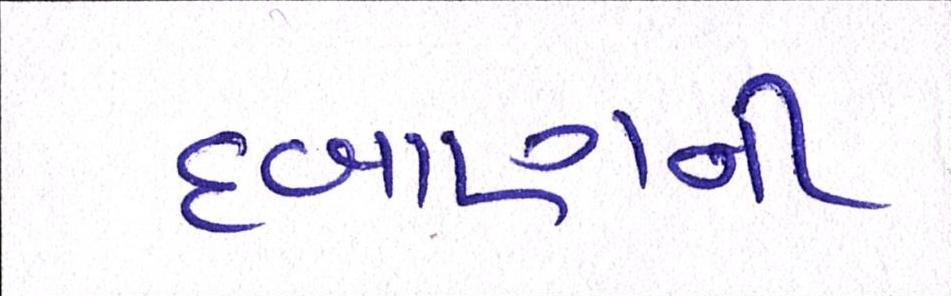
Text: દબાણની